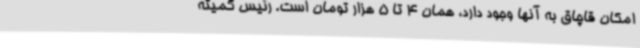
امکان قاچاق به آنها وجود دارد، همان 4 تا 5 هزار تومان است. رئیس کمیته